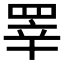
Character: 𰭎